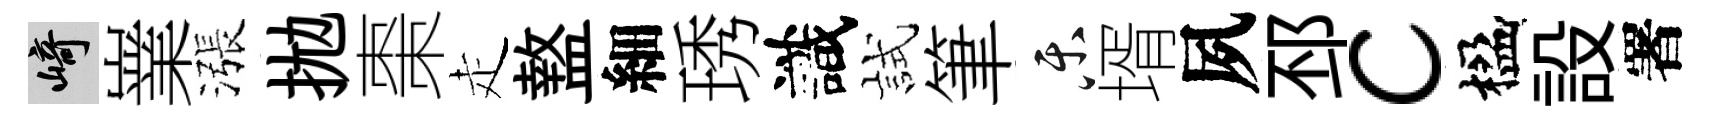
崎嶪漲拋棗走盩細琇識試筆乐壻夙邳c楹設署